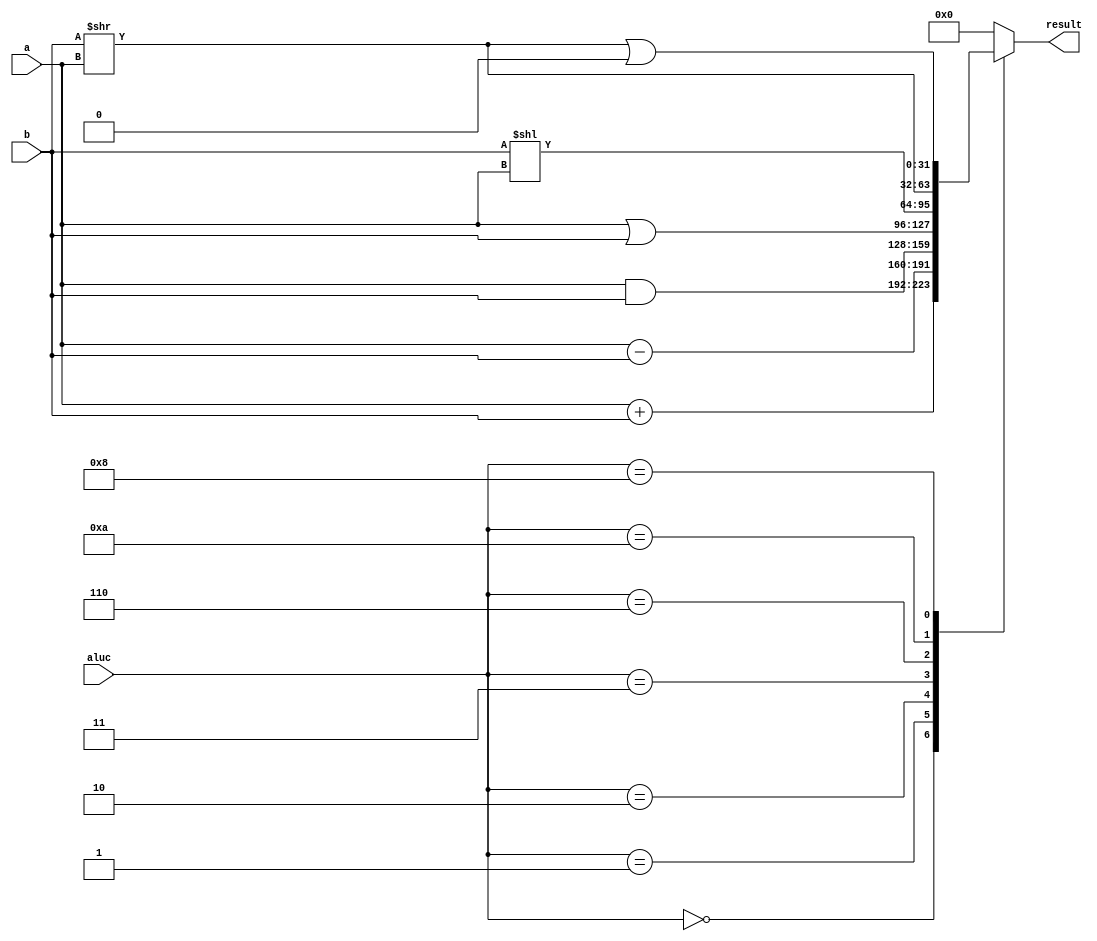
module alu(a,b,aluc,result
    );
	input wire [31:0] a,b;
	input wire [4:0] aluc;
	output reg [31:0] result;
	
	always @*
	begin
		case(aluc)
			5'd0://0:add
			begin
				result=a+b;
			end
			5'd1://1:sub
			begin
				result=a-b;
			end
			5'd2://2:and
			begin
				result=a&b;
			end
			5'd3://3:or
			begin
				result=a|b;
			end
			5'd6://4:sll
			begin
				result=b<<a;//?
			end
			5'd10://5:srl
			begin
				result=b>>a;//?
			end
			5'd8://6:sra
			begin
				result=(b>>a)|({32{b[31]}}<<(32'd32));//?
			end
			default:
			begin
				result=0;
			end
		endcase
	end

endmodule